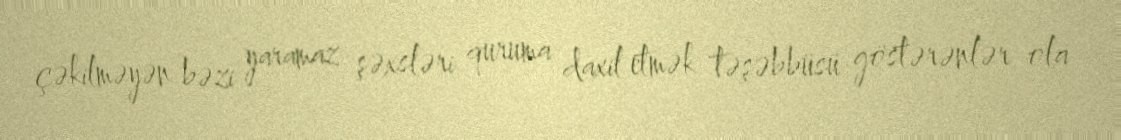
çəkilməyən bəzi yaramaz şəxsləri quruma daxil etmək təşəbbüsü göstərənlər ola